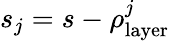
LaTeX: s_{j}=s-\rho_{\mathrm{layer}}^{j}